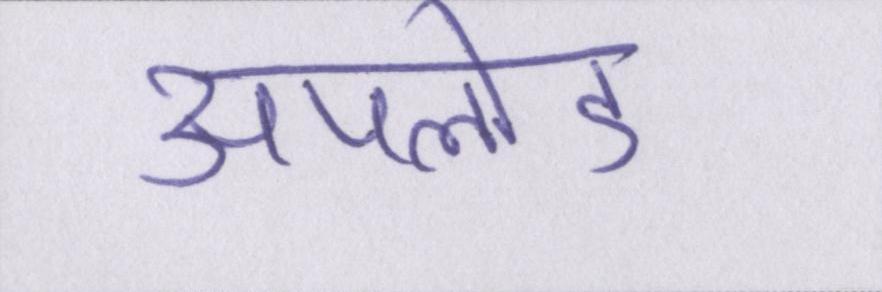
अपलोड